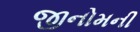
જીનોમની